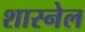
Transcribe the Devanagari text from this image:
शास्नेल